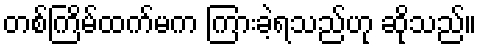
တစ်ကြိမ်ထက်မက ကြားခဲ့ရသည်ဟု ဆိုသည်။